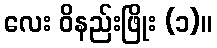
လေး ဝိနည်းဖြိုး (၁)။